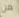
من